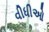
વીધીઓ